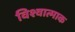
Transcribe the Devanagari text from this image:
विश्वात्माक